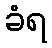
ခံရ